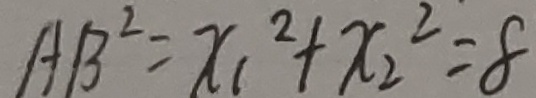
A B ^ { 2 } = x _ { 1 } ^ { 2 } + x _ { 2 } ^ { 2 } = 8